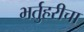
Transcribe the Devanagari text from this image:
भर्तुहरीचा